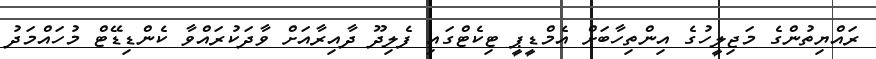
ރައްޔިތުންގެ މަޖިލީހުގެ އިންތިހާބަށް އެމްޑީޕީ ޓިކެޓްގައި ފެލިދޫ ދާއިރާއަށް ވާދަކުރައްވާ ކެންޑިޑޭޓް މުހައްމަދު